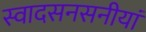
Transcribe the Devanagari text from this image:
स्वादसनसनीयां